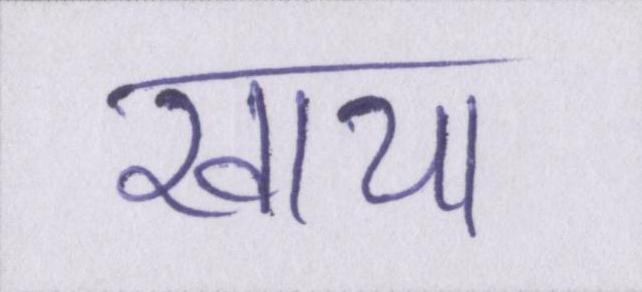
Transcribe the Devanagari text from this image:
खाया